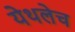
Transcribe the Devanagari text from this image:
येथलेच